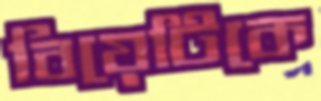
বিয়েটিকে